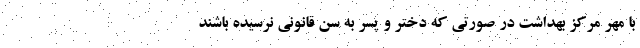
با مهر مرکز بهداشت در صورتی که دختر و پسر به سن قانونی نرسیده باشند